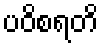
ပဝိစရတိ